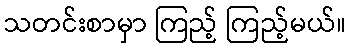
သတင်းစာမှာ ကြည့် ကြည့်မယ်။